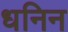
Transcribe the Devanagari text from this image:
धनिन